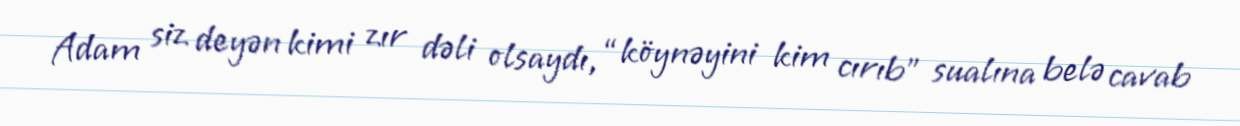
Adam siz deyən kimi zır dəli olsaydı, “köynəyini kim cırıb” sualına belə cavab